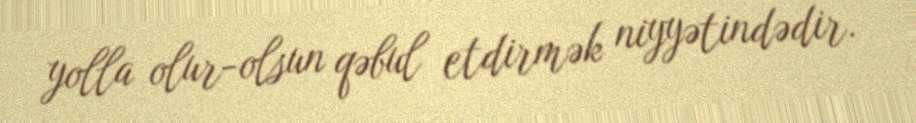
yolla olur-olsun qəbul etdirmək niyyətindədir.